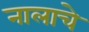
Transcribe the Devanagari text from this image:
नालाचे